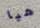
هيا